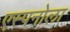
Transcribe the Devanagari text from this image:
एस्पनोला